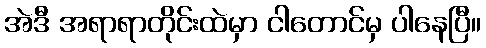
အဲဒီ အရာရာတိုင်းထဲမှာ ငါတောင်မှ ပါနေပြီ။